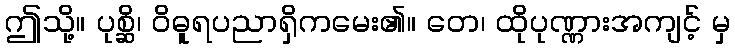
ဤသို့။ ပုစ္ဆိ၊ ဝိဓူရပညာရှိကမေး၏။ တေ၊ ထိုပုဏ္ဏားအကျင့် မှ